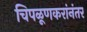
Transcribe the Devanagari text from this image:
चिपळूणकरांनंतर